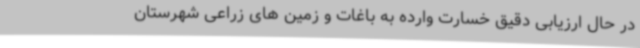
در حال ارزیابی دقیق خسارت وارده به باغات و زمین های زراعی شهرستان